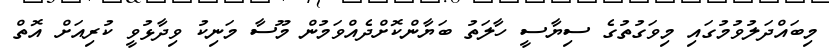
މިބައްދަލުވުމުގައި މިވަގުތުގެ ސިޔާސީ ހާލަތު ބަޔާންކޮށްދެއްވަމުން މޫސާ މަނިކު ވިދާޅުވީ ކުރިއަށް އޮތް